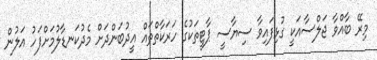
މިރޭ ބާއްވާ ޖަލްސާއަކީ ގުޅިފައިވާ ސިޔާސީ ޕާޓީތަކުގެ ހަރަކާތްތައް އީދުބަންދަށް މެދުކަނޑާލުމަށްފަހު އަލުން